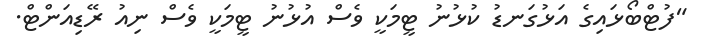
"ފުޓްބޯޅައިގެ އަޅުގަނޑު ކުޅުނު ޓީމަކީ ވެސް އުޅުނު ޓީމަކީ ވެސް ނިއު ރޭޑިއަންޓް.